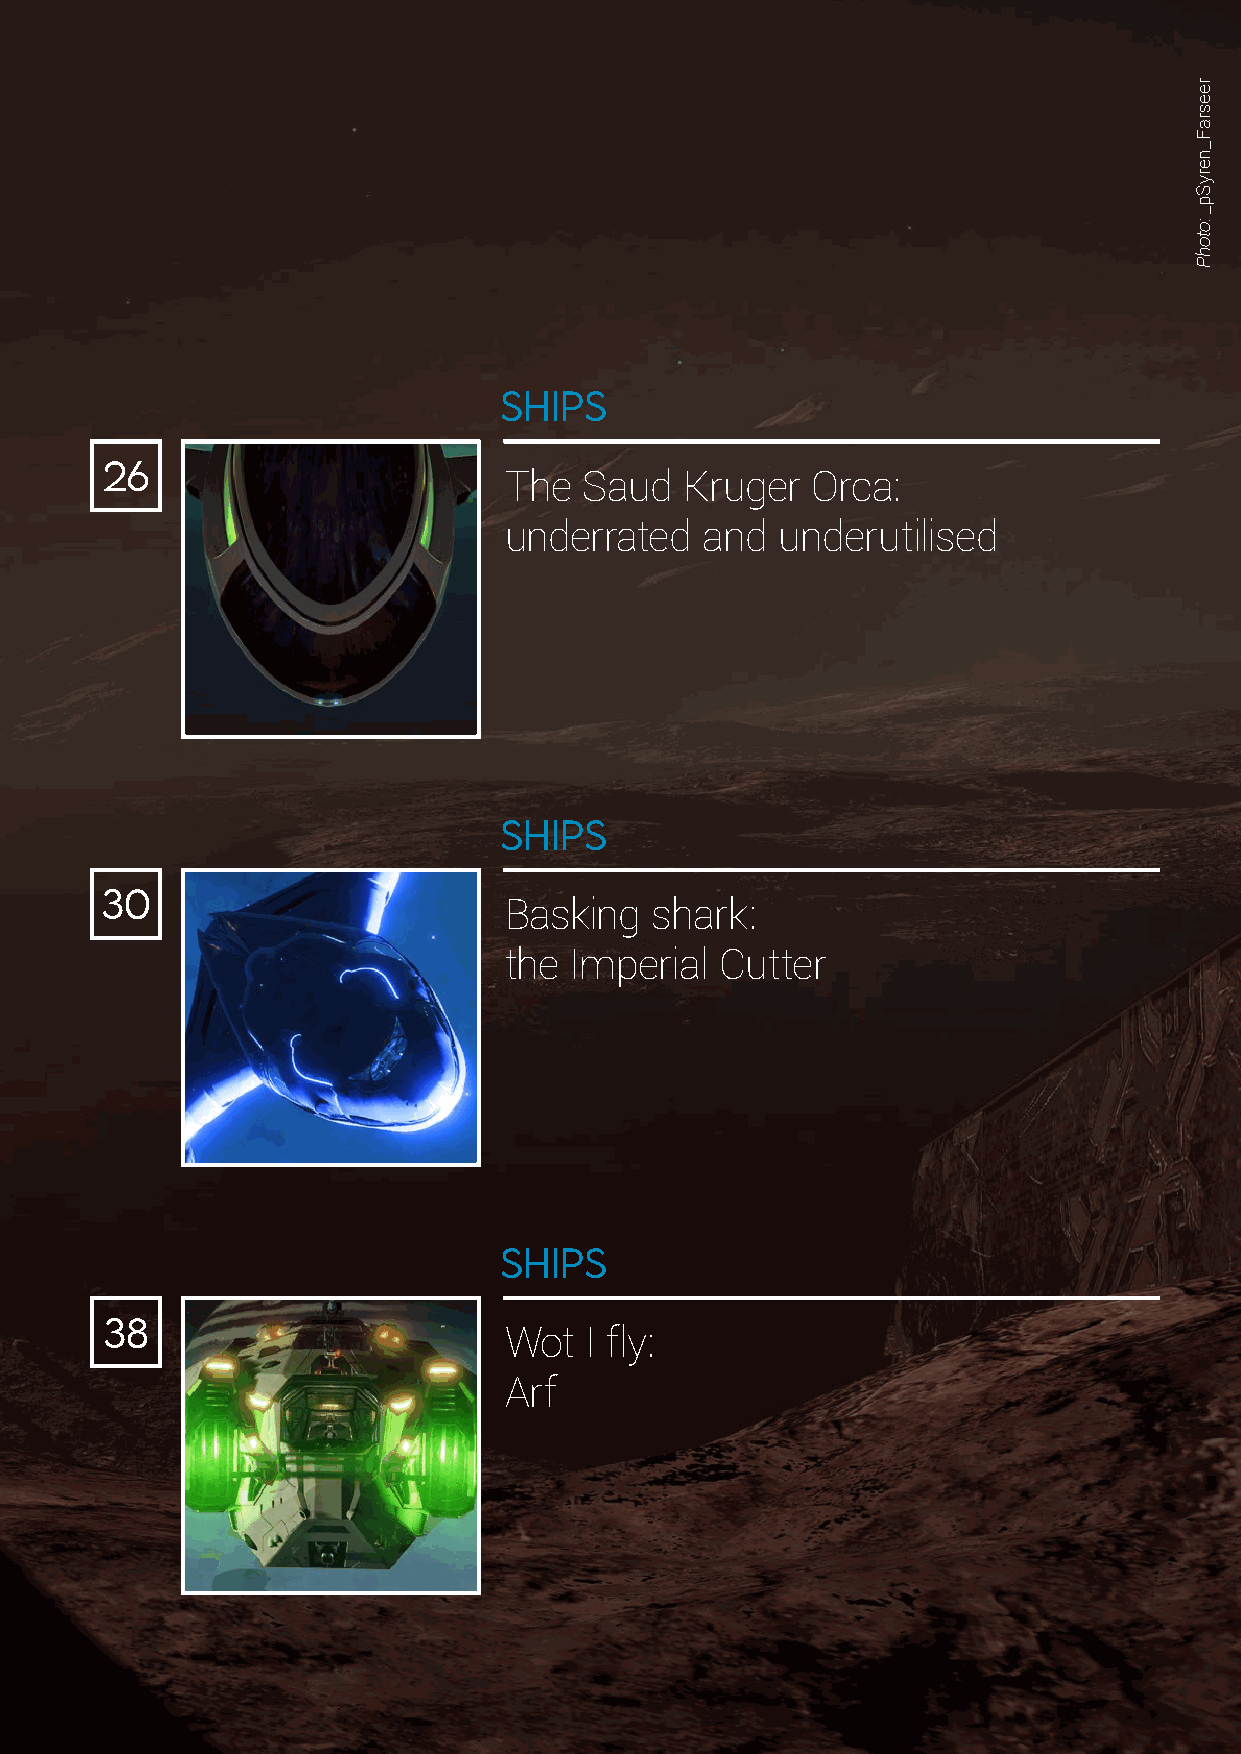
SHIPS
 26
 The   Saud  Kruger   Orca:
 underrated   and  underutilised
 SHIPS
 30
 Basking   shark:
 the  Imperial  Cutter
 SHIPS
 38
 Wot   I fly:
 Arf
 reesraF_nerySp_
 :otohP